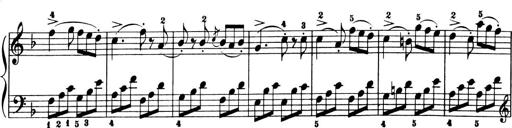
Title: 6 Piano Sonatinas
Composer: Cornelius Gurlitt